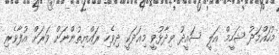
މުހައްމަދު ޝަހީމް އަލީ ސައީދު ވިދާޅުވީ މިއަދަކީ ދިވެހި ރައްޔިތުންނަށް ވަރަށް އުފާވެރި